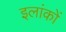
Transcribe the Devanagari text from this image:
इलांकों